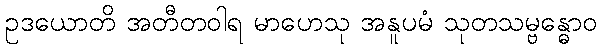
ဥဒယောတိ အတီတဝါရ မာဟေသု အနူပမံ သုတသမ္ဗန္ဓောဝ